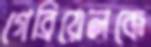
গেব্রিয়েলকে